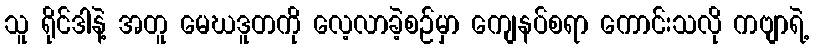
သူ ရိုင်ဒါနဲ့ အတူ မေဃဒူတကို လေ့လာခဲ့စဉ်မှာ ကျေနပ်စရာ ကောင်းသလို ကဗျာရဲ့